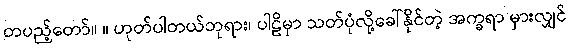
တပည့်တော်။ ။ ဟုတ်ပါတယ်ဘုရား၊ ပါဠိမှာ သတ်ပုံလို့ခေါ်နိုင်တဲ့ အက္ခရာ မှားလျှင်